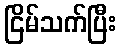
ငြိမ်သက်ပြီး